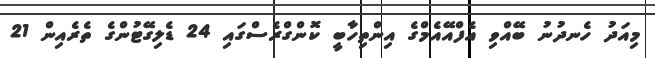
މިއަދު ހެނދުނު ބޭއްވި އެފްއޭއެމްގެ އިންތިހާބީ ކޮންގްރެސްގައި 24 ޑެލިގޭޓުންގެ ތެރެއިން 21